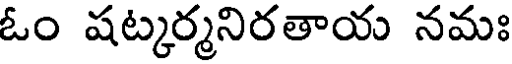
ఓం షట్కర్మనిరతాయ నమః